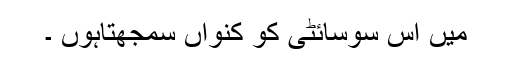
میں اس سوسائٹی کو کنواں سمجھتاہوں ۔